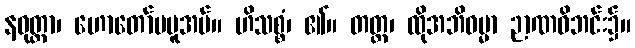
နဝုတ္တာ၊ ဟောတော်မမူအပ်။ ဟိသစ္စံ၊ ၏။ တတ္ထ၊ ထိုအဘိဓမ္မာ ဉာဏဝိဘင်း၌။